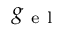
g _ { \mathrm { ~ e ~ l ~ } }